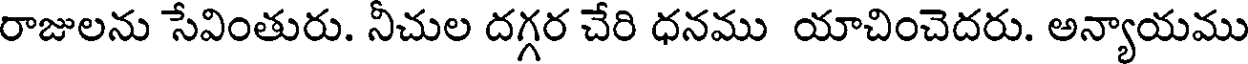
రాజులను సేవింతురు. నీచుల దగ్గర చేరి ధనము యాచించెదరు. అన్యాయము